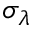
\sigma _ { \lambda }